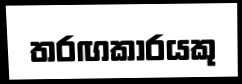
තරඟකාරයකු